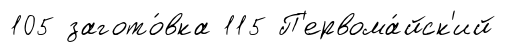
105 загото́вка 115 П'ервома́йск'ий